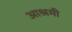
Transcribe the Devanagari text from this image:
आश्रमी